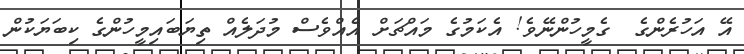
އޭ އަހުރެންގެ  ގެމީހުންނޭވެ! އެކަމުގެ މައްޗަށް އެއްވެސް މުދަލެއް ތިޔަބައިމީހުންގެ ކިބަޔަކުން